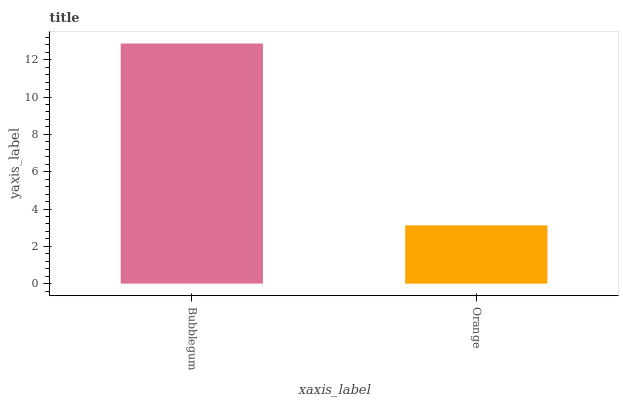
| xaxis_label | bars |
 | --- | --- |
 | Bubblegum | 12.9 |
 | Orange | 3.12 |